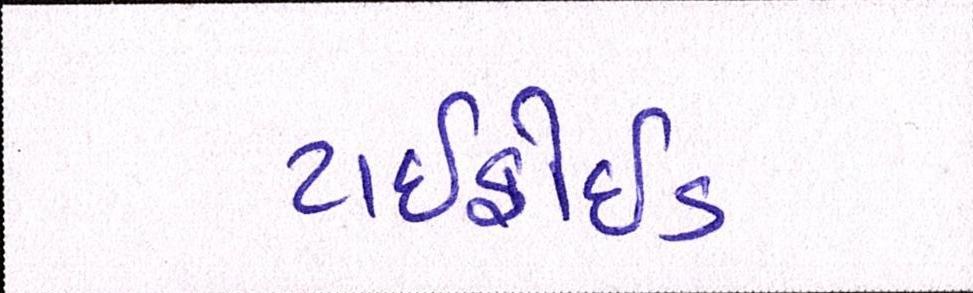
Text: ટાઇફોઇડ